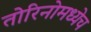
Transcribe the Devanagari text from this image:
तोरिनोमध्येच